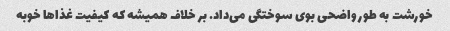
خورشت به طور واضحی بوی سوختگی می‌داد. بر خلاف همیشه که کیفیت غذا‌ها خوبه